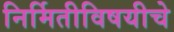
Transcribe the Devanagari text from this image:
निर्मितीविषयीचे